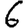
Digit: 6